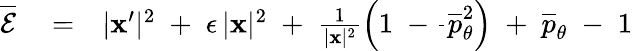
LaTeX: \begin{array}{rlr}{\overline{{\cal E}}}&{{}=}&{|{\mathbf x}^{\prime}|^{2}\; +\; \epsilon\, |{\mathbf x}|^{2}\; +\; \frac{1}{|{\mathbf x}|^{2}}\left(1\; -\frac{}{}\overline{{p}}_{\theta}^{2}\right)\; +\; \overline{{p}}_{\theta}\; -\; 1}\end{array}